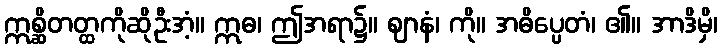
ဣစ္ဆိတတ္ထကိုဆိုဦးအံ့။ ဣဓ၊ ဤအရာ၌။ ဈာနံ၊ ကို။ အဓိပ္ပေတံ၊ ၏။ အာဒိမှိ၊